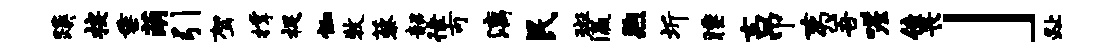
蹊按垂萌引驾撑捉恤牧藜韶律可漓民斑瀛煦圻睡士吊夷吾嗟佳畏」趾